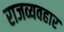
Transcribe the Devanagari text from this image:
राजव्यवहार